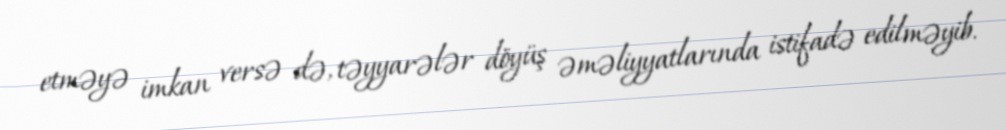
etməyə imkan versə də, təyyarələr döyüş əməliyyatlarında istifadə edilməyib.